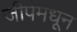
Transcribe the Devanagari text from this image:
जीपमधून